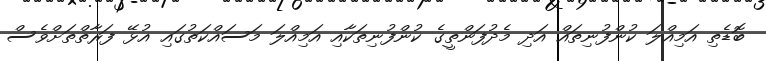
ބޮޑެތި އަމިއްލަ ކުންފުނިތައް އަދި މެދުފަންތީގެ ކުންފުނިތަކާއި އަމިއްލަ މަސައްކަތުގައި އުޅޭ ފަރާތްތަށްވެސް